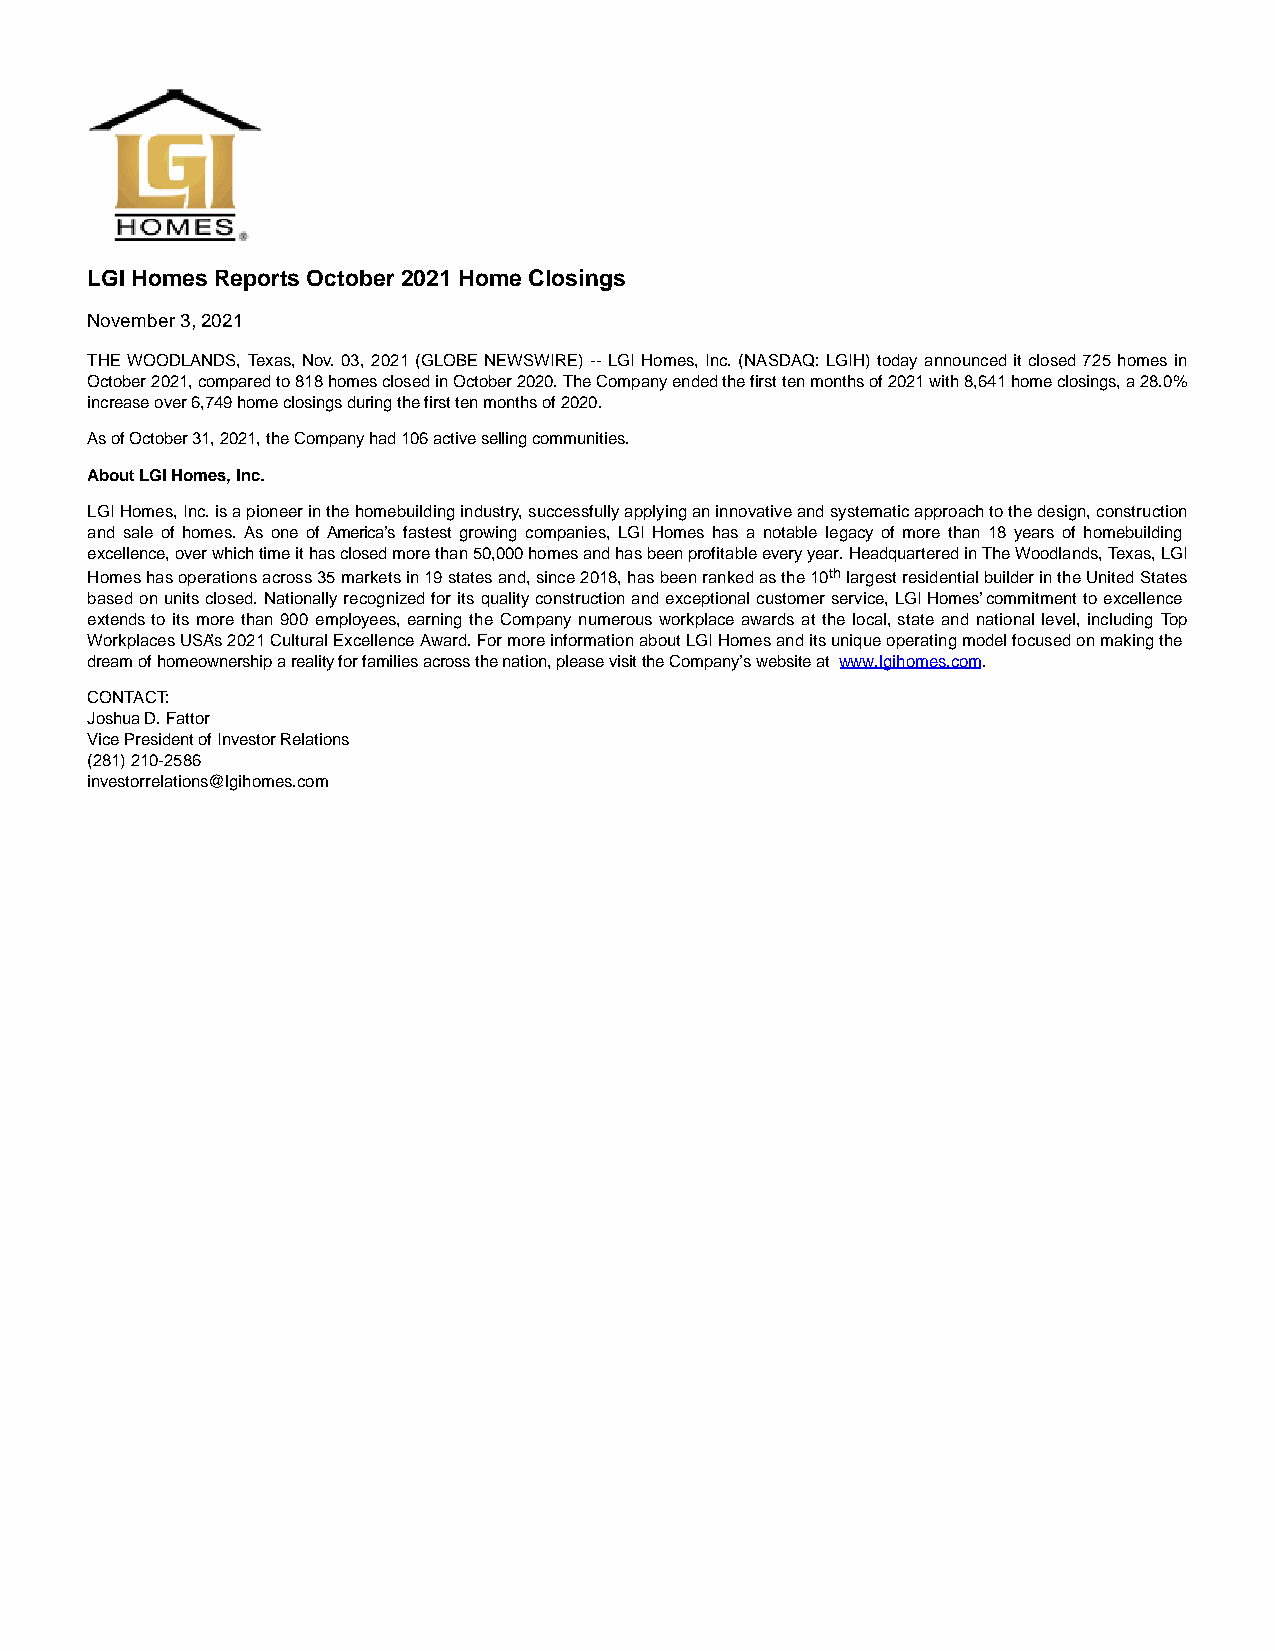
LGI Homes Reports October 2021 Home Closings
 November 3, 2021
 THE WOODLANDS, Texas, Nov. 03, 2021 (GLOBE NEWSWIRE) -- LGI Homes, Inc. (NASDAQ: LGIH) today announced it closed 725 homes in
 October 2021, compared to 818 homes closed in October 2020. The Company ended the first ten months of 2021 with 8,641 home closings, a 28.0%
 increase over 6,749 home closings during the first ten months of 2020.
 As of October 31, 2021, the Company had 106 active selling communities.
 About LGI Homes, Inc.
 LGI Homes, Inc. is a pioneer in the homebuilding industry, successfully applying an innovative and systematic approach to the design, construction
 and sale of homes. As one of America’s fastest growing companies, LGI Homes has a notable legacy of more than 18 years of homebuilding
 excellence, over which time it has closed more than 50,000 homes and has been profitable every year. Headquartered in The Woodlands, Texas, LGI
 Homes has operations across 35 markets in 19 states and, since 2018, has been ranked as the 10th largest residential builder in the United States
 based on units closed. Nationally recognized for its quality construction and exceptional customer service, LGI Homes’ commitment to excellence
 extends to its more than 900 employees, earning the Company numerous workplace awards at the local, state and national level, including Top
 Workplaces USA’s 2021 Cultural Excellence Award. For more information about LGI Homes and its unique operating model focused on making the
 dream of homeownership a reality for families across the nation, please visit the Company’s website at www.lgihomes.com.
 CONTACT:
 Joshua D. Fattor
 Vice President of Investor Relations
 (281) 210-2586
 investorrelations@lgihomes.com